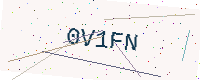
Text: 0V1FN